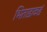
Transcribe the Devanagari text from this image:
भिताडाकडं